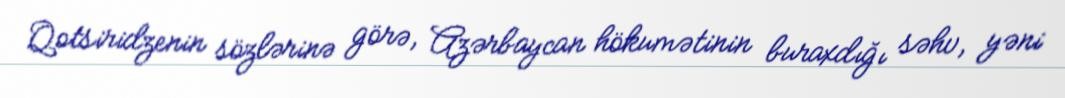
Qotsiridzenin sözlərinə görə, Azərbaycan hökumətinin buraxdığı səhv, yəni